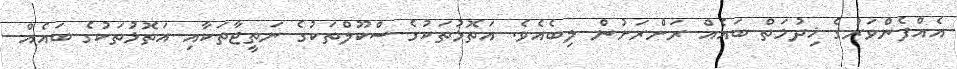
އެއްފެންވަރުގެ ޚިދުމަތް ބައެއް ރަށްރަށުން ލިބެއެވެ. އަތޮޅުތަކުގެ ސްކޫލްތަކުގެ ނަތީޖާތަކާއި އަތޮޅުތަކުގެ ބައެއް